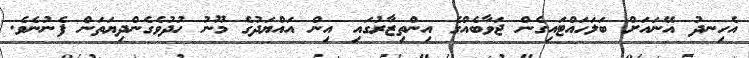
އެހިނދު އޭނައަށް ބަލަހައްޓައިގެން ޖަވާބެއްގެ އިންތިޒާރުގައި އިން އައްޔަދުގެ މޫނު ހުދުވެގެންދިޔަތަން ފެނުނެވެ.